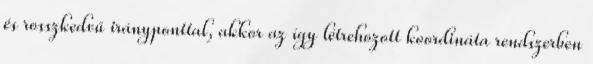
és rosszkedvű irányponttal, akkor az így létrehozott koordináta rendszerben